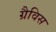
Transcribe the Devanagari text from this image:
ग्रैविस